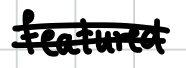
Text: featured
Cross-out: mix
Writing tool: digital_black